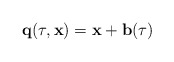
\begin{align*}{\bf q}(\tau,{\bf x})={\bf x}+ {\bf b}(\tau)\end{align*}